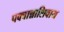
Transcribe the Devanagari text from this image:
पक्वान्नाशिवाय